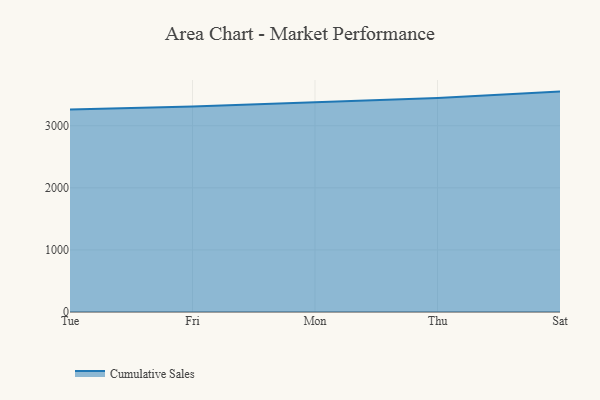
{"axis": {"x": "Day", "y": "Latency (ms)"}, "legend": ["Cumulative Sales"], "data": [{"x": "Tue", "y": 3261.6, "type": "Cumulative Sales"}, {"x": "Fri", "y": 3310.3, "type": "Cumulative Sales"}, {"x": "Mon", "y": 3379.4, "type": "Cumulative Sales"}, {"x": "Thu", "y": 3448.1, "type": "Cumulative Sales"}, {"x": "Sat", "y": 3549.9, "type": "Cumulative Sales"}]}